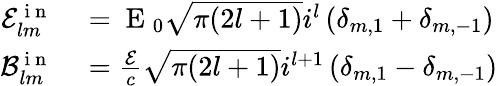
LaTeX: \begin{array}{rl}{\mathcal{E}_{lm}^{\mathrm{~i~n~}}}&{{}=\mathrm{~E~}_{0}\sqrt{\pi(2l+1)}i^{l}\left(\delta_{m,1}+\delta_{m,-1}\right)}\\ {\mathcal{B}_{lm}^{\mathrm{~i~n~}}}&{{}=\frac{\mathcal{E}}{c}\sqrt{\pi(2l+1)}i^{l+1}\left(\delta_{m,1}-\delta_{m,-1}\right)}\end{array}